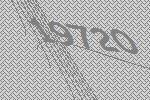
19720